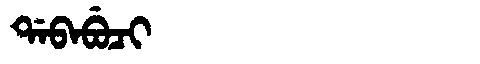
Manchu: ᡩᠠᠪᠠᠪᡠᠴᡳ
Romanization: DABABUCI